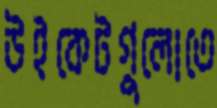
উইকেটগুলোতে